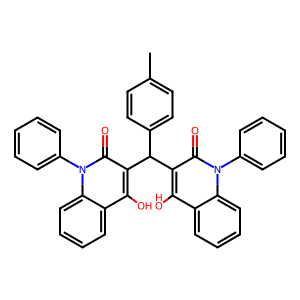
SMILES: Cc1ccc(C(c2c(O)c3ccccc3n(-c3ccccc3)c2=O)c2c(O)c3ccccc3n(-c3ccccc3)c2=O)cc1
Inhibits HIV replication: No